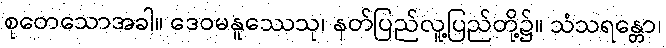
စုတေသောအခါ။ ဒေဝမနူဿေသု၊ နတ်ပြည်လူ့ပြည်တို့၌။ သံသရန္တော၊